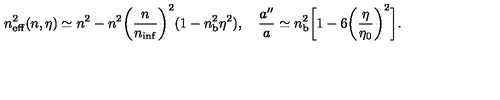
n _ { \mathrm { e f f } } ^ { 2 } ( n , \eta ) \simeq n ^ { 2 } - n ^ { 2 } \biggl ( \frac { n } { n _ { \mathrm { i n f } } } \biggr ) ^ { 2 } ( 1 - n _ { \mathrm { b } } ^ { 2 } \eta ^ { 2 } ) , \quad \frac { a ^ { \prime \prime } } { a } \simeq n _ { \mathrm { b } } ^ { 2 } \biggl [ 1 - 6 \biggl ( \frac { \eta } { \eta _ { 0 } } \biggr ) ^ { 2 } \biggr ] .